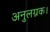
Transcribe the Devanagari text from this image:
अनुलग्नक।